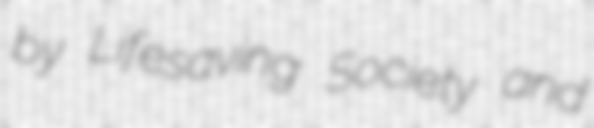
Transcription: by Lifesaving Society and